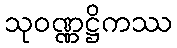
သုဝဏ္ဏဋ္ဌိကဿ